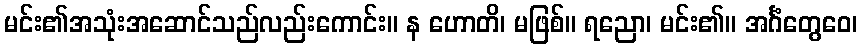
မင်း၏အသုံးအဆောင်သည်လည်းကောင်း။ န ဟောတိ၊ မဖြစ်။ ရညော၊ မင်း၏။ အင်္ဂံတွေဝေ၊